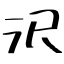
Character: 沢